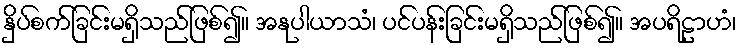
နှိပ်စက်ခြင်းမရှိသည်ဖြစ်၍။ အနုပါယာသံ၊ ပင်ပန်းခြင်းမရှိသည်ဖြစ်၍။ အပရိဠာဟံ၊